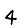
Digit: 4